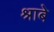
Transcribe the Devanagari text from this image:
श्राबे